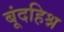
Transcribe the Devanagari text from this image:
बूंदहिश्न